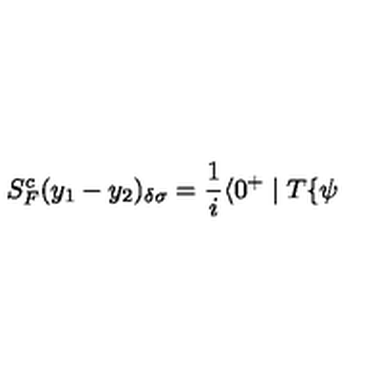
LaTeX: S _ { F } ^ { c } ( y _ { 1 } - y _ { 2 } ) _ { \delta \sigma } = \frac 1 i \langle 0 ^ { + } \mid T \{ { \bf \psi }